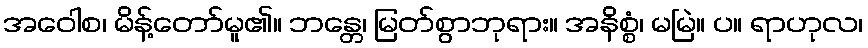
အဝေါစ၊ မိန့်တော်မူ၏။ ဘန္တေ၊ မြတ်စွာဘုရား။ အနိစ္စံ၊ မမြဲ။ ပ။ ရာဟုလ၊